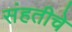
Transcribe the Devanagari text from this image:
संहतीचे